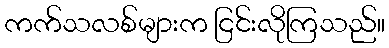
ကက်သလစ်များက ငြင်းလိုကြသည်။